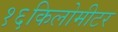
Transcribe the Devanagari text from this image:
१६किलोमीटर